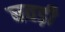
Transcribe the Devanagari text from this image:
घवड़ी